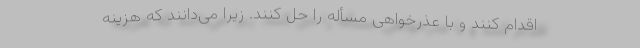
اقدام کنند و با عذرخواهی مسأله را حل کنند. زیرا می‌دانند که هزینه